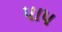
પાપ